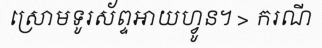
ស្រោមទូរស័ព្ទអាយហ្វូន។ > ករណី